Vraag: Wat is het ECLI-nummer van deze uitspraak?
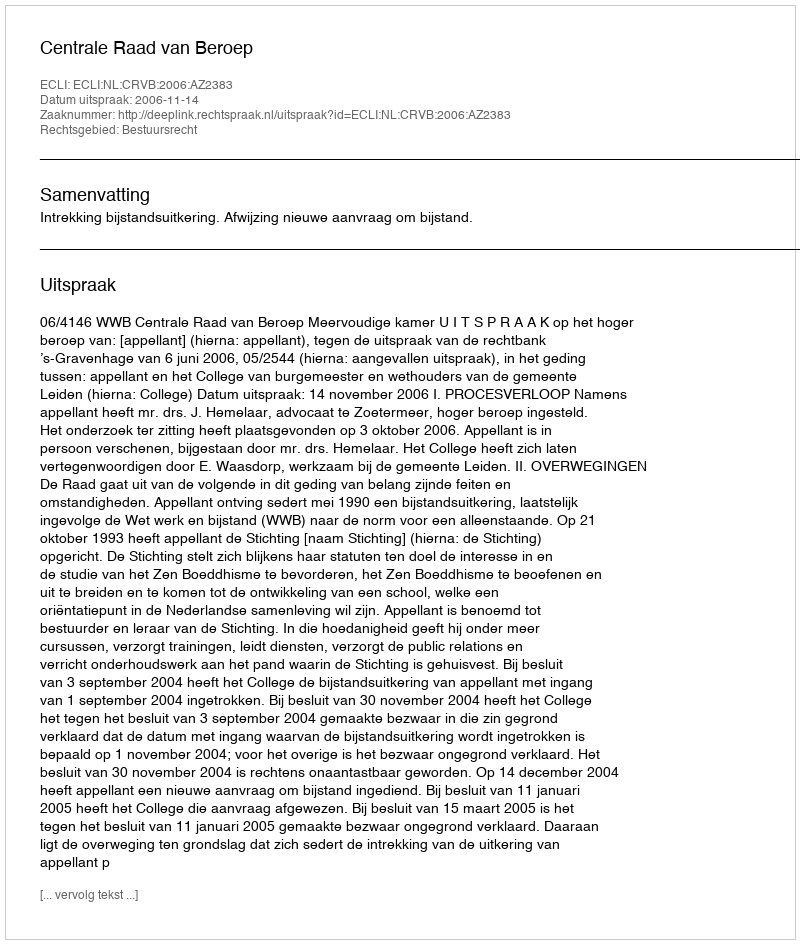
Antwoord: ECLI:NL:CRVB:2006:AZ2383